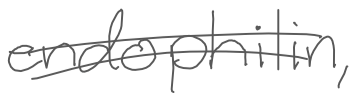
Text: endophilin,
Cross-out: double-line
Writing tool: digital_gray